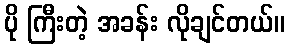
ပို ကြီးတဲ့ အခန်း လိုချင်တယ်။